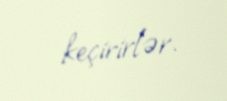
keçirirlər.